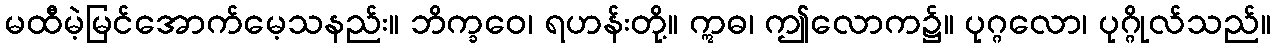
မထီမဲ့မြင်အောက်မေ့သနည်း။ ဘိက္ခဝေ၊ ရဟန်းတို့။ ဣဓ၊ ဤလောက၌။ ပုဂ္ဂလော၊ ပုဂ္ဂိုလ်သည်။